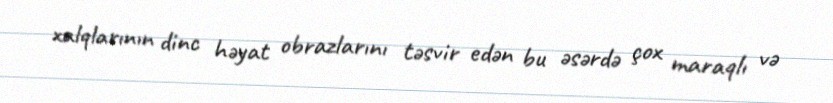
xalqlarının dinc həyat obrazlarını təsvir edən bu əsərdə çox maraqlı və